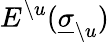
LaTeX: E^{\setminus u}(\underline{{\sigma}}_{\setminus u})